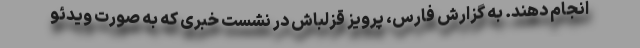
انجام دهند. به گزارش فارس، پرویز قزلباش در نشست خبری که به صورت ویدئو